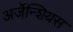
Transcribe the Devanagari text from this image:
अर्जेन्शियस